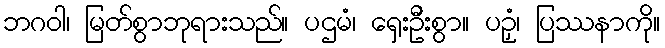
ဘဂဝါ၊ မြတ်စွာဘုရားသည်။ ပဌမံ၊ ရှေးဦးစွာ။ ပဉှံ၊ ပြဿနာကို။